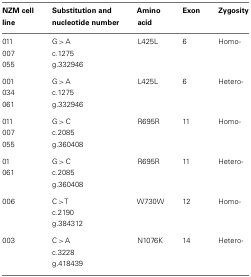
<table><thead><tr><td><b>NZM cell line</b></td><td><b>Substitution and nucleotide number</b></td><td><b>Amino acid</b></td><td><b>Exon</b></td><td><b>Zygosity</b></td></tr></thead><tbody><tr><td>011</td><td>G &gt; A</td><td>L425L</td><td>6</td><td>Homo-</td></tr><tr><td>007</td><td>c.1275</td><td></td></tr><tr><td>055</td><td>g.332946</td><td></td></tr><tr><td>001</td><td>G &gt; A</td><td>L425L</td><td>6</td><td>Hetero-</td></tr><tr><td>034</td><td>c.1275</td><td></td></tr><tr><td>061</td><td>g.332946</td><td></td></tr><tr><td>011</td><td>G &gt; C</td><td>R695R</td><td>11</td><td>Homo-</td></tr><tr><td>007</td><td>c.2085</td><td></td></tr><tr><td>055</td><td>g.360408</td><td></td></tr><tr><td>01</td><td>G &gt; C</td><td>R695R</td><td>11</td><td>Hetero-</td></tr><tr><td>061</td><td>c.2085</td><td></td></tr><tr><td></td><td>g.360408</td><td></td></tr><tr><td>006</td><td>C &gt; T</td><td>W730W</td><td>12</td><td>Homo-</td></tr><tr><td></td><td>c.2190</td><td></td></tr><tr><td></td><td>g.384312</td><td></td></tr><tr><td>003</td><td>C &gt; A</td><td>N1076K</td><td>14</td><td>Hetero-</td></tr><tr><td></td><td>c.3228</td><td></td></tr><tr><td></td><td>g.418439</td><td></td></tr></tbody></table>